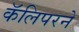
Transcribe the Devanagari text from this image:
कॅलिपरने